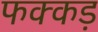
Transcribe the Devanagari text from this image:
फक्‍कड़